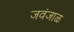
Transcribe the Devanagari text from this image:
जवंजाळ